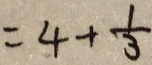
= 4 + \frac { 1 } { 3 }